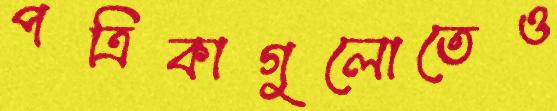
পত্রিকাগুলোতেও